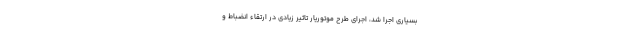
بسیاری اجرا شد، اجرای طرح موتوریار تاثیر زیادی در ارتقاء انضباط و